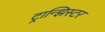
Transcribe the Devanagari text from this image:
ट्रान्झिस्टर